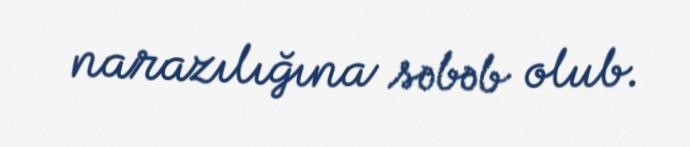
narazılığına səbəb olub.